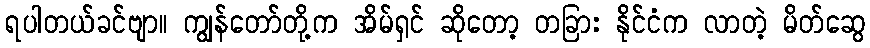
ရပါတယ်ခင်ဗျာ။ ကျွန်တော်တို့က အိမ်ရှင် ဆိုတော့ တခြား နိုင်ငံက လာတဲ့ မိတ်ဆွေ